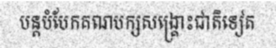
បន្តបំបែកគណបក្សសង្គ្រោះជាតិទៀត